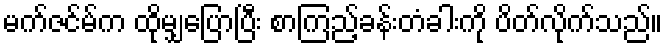
မက်ဇင်မ်က ထိုမျှပြောပြီး စာကြည့်ခန်းတံခါးကို ပိတ်လိုက်သည်။